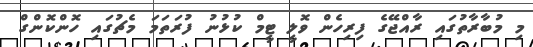
މި މުބާރާތުގައި ރާއްޖޭގެ ފިރިހެން ވޮލީ ޓީމް ކުޅުނު ފުރަތަމަ މެޗުގައި ހޮންކޮންގް